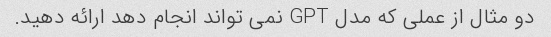
دو مثال از عملی که مدل GPT نمی تواند انجام دهد ارائه دهید.